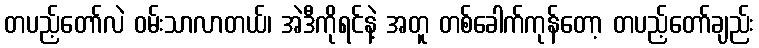
တပည့်တော်လဲ ဝမ်းသာလာတယ်၊ အဲဒီကိုရင်နဲ့ အတူ တစ်ခေါက်ကုန်တော့ တပည့်တော်ချည်း